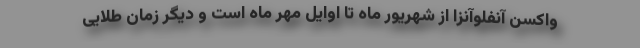
واکسن آنفلوآنزا از شهریور ماه تا اوایل مهر ماه است و دیگر زمان طلایی